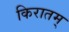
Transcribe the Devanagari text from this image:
किरातम्